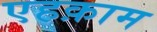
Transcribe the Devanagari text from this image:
एहक़ाम